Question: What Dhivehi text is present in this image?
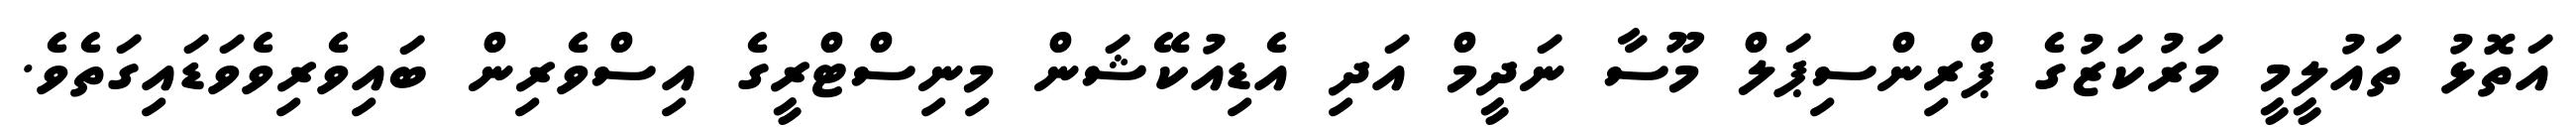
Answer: އަތޮޅު ތައުލީމީ މަރުކަޒުގެ ޕްރިންސިޕަލް މޫސާ ނަދީމް އަދި އެޑިއުކޭޝަން މިނިސްޓްރީގެ އިސްވެރިން ބައިވެރިވެވަޑައިގަތެވެ.